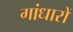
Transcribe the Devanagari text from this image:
गांधारों